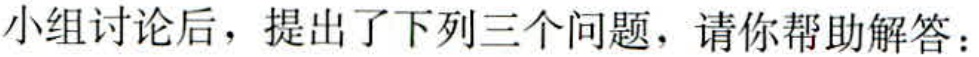
小组讨论后，提出了下列三个问题，请你帮助解答：